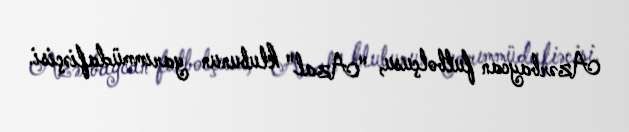
Azərbaycan futbolçusu, "Azal" klubunun yarımmüdafiəçisi.